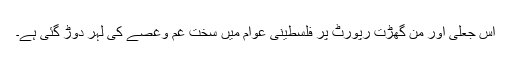
اس جعلی اور من گھڑت رپورٹ پر فلسطینی عوام میں سخت غم وغصے کی لہر دوڑ گئی ہے۔